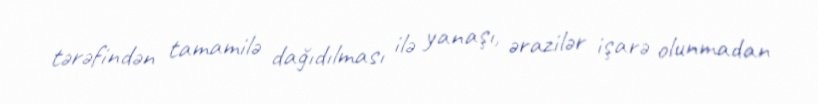
tərəfindən tamamilə dağıdılması ilə yanaşı, ərazilər işarə olunmadan